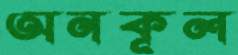
অনকূল